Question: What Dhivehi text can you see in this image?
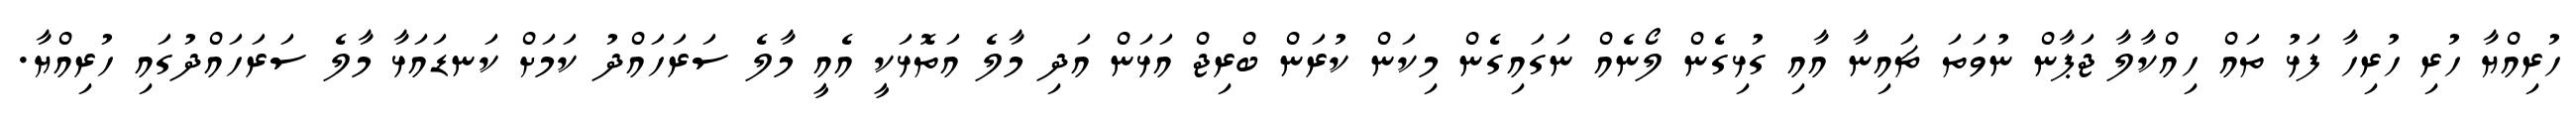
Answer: ހުރިއްޔާ ހުރި ހުރިހާ ފަޅު ތައް ހިއްކާލާ ޖަޕާން ނުވަތަ ޗައިނާ އާއި ގުޅިގެން ލޯނެއް ނަގައިގެން މިކަން ކުރަން ބްރިޖް އަޅަން އަދި މާލެ އަތޮޅަކީ އެއީ މާލެ ސަރަހައްދު ކަމަށް ކަނޑައަޅާ މާލެ ސަރަހައްދުގައި ހުރިއްޔާ.